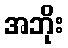
အဘိုး